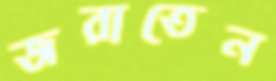
জরাতেন